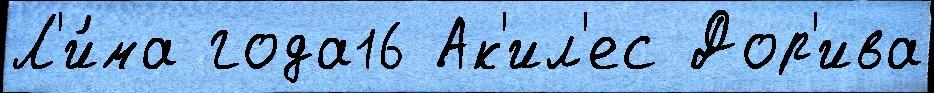
Л'и́ма года16 Ак'ил'ес Дор'ива